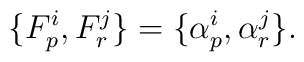
\{ F_p^i, F_r^j\} =\{\alpha_p^i, \alpha_r^j \}.